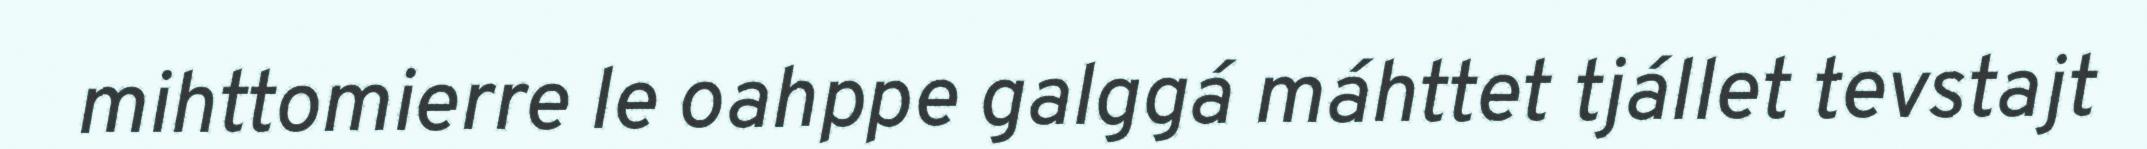
mihttomierre le oahppe galggá máhttet tjállet tevstajt